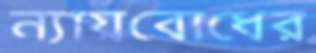
ন্যায়বোধের